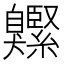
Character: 𦤱